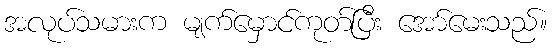
အလုပ်သမားက မျက်မှောင်ကုတ်ပြီး အော်မေးသည်။